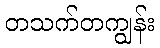
တသက်တကျွန်း